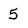
Character: 5